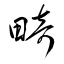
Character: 畸